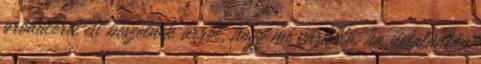
producerei itt beszélnek arról, hogy mi várható, ha netalántán